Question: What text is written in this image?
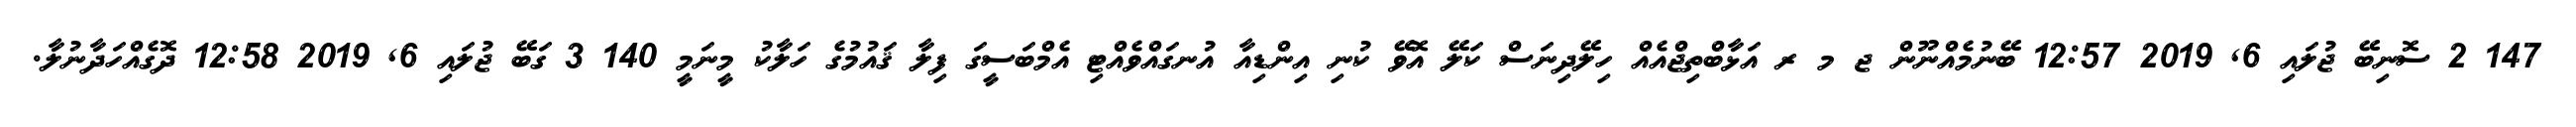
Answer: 147 2 ސޮނިބޭ ޖުލައި 6, 2019 12:57 ބޭނުމެއްނޫން ޖ މ ރ އަޅާބްތިޖްއެއް ހިލޭދިނަސް ކަލޭ އޮވޭ ކުނި އިންޑިއާ އުނގައްވެއްޓި އެމްބަސީގަ ފިލާ ޤައުމުގެ ހަލާކު މީނަމީ 140 3 ގަބޭ ޖުލައި 6, 2019 12:58 ދޮގެއްހަދާނުލާ.